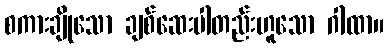
စကားချိုသော ချစ်ဆေးပါတည်းဟူသော ဂါထာ။